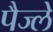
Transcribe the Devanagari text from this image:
पैज्ले